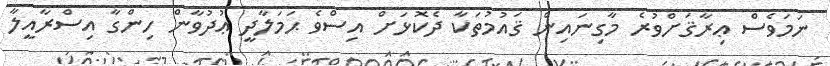
ނަމަވެސް ޢިރާޤަށްވުރެ މާގިނައިން ޤައުމުތަކާ ދެކޮޅަށް އިސްވެ ޙަމަލާދީ ޢުދުވާން ހިންގާ އިސްރާއީލާ